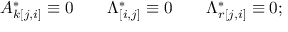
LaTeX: A _ { k [ j , i ] } ^ { * } \equiv 0 \qquad \Lambda _ { [ i , j ] } ^ { * } \equiv 0 \qquad \Lambda _ { r [ j , i ] } ^ { * } \equiv 0 ;